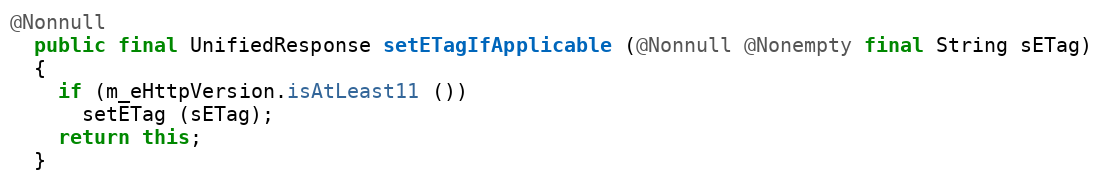
Language: Java
@Nonnull
  public final UnifiedResponse setETagIfApplicable (@Nonnull @Nonempty final String sETag)
  {
    if (m_eHttpVersion.isAtLeast11 ())
      setETag (sETag);
    return this;
  }